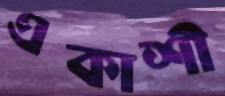
একাশী